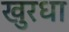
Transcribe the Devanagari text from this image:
खुरधा